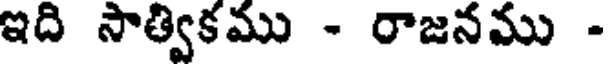
ఇది సాత్వికము - రాజనము -